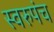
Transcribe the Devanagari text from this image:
स्वरुपंच